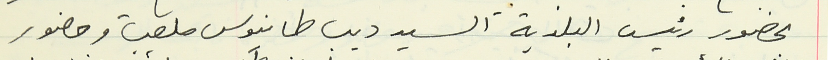
بحضور رئيس البلدية السيد ديب طانيوس ملعب وحضور